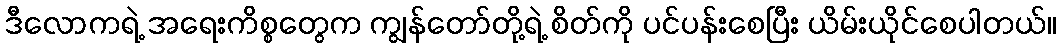
ဒီလောကရဲ့ အရေးကိစ္စတွေက ကျွန်တော်တို့ရဲ့ စိတ်ကို ပင်ပန်းစေပြီး ယိမ်းယိုင်စေပါတယ်။